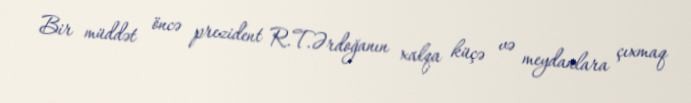
Bir müddət öncə prezident R.T.Ərdoğanın xalqa küçə və meydanlara çıxmaq